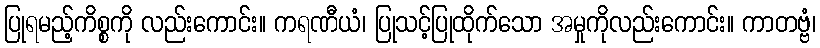
ပြုရမည့်ကိစ္စကို လည်းကောင်း။ ကရဏီယံ၊ ပြုသင့်ပြုထိုက်သော အမှုကိုလည်းကောင်း။ ကာတဗ္ဗံ၊